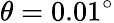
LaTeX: \theta=0.01^{\circ}